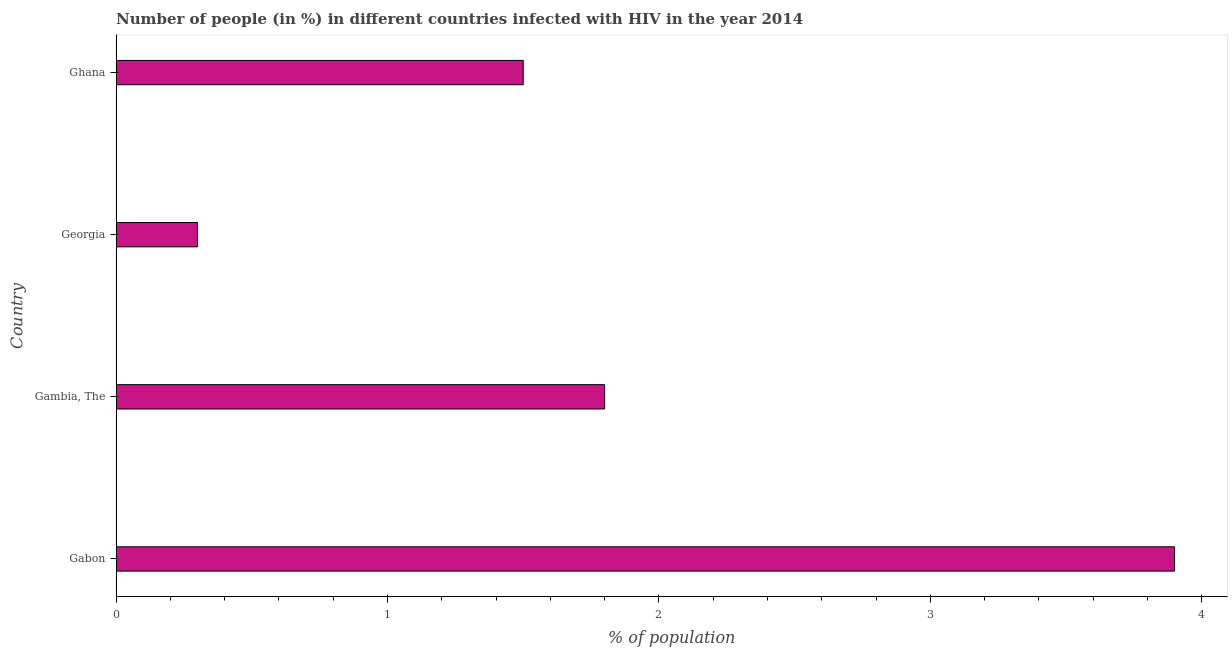
| Country | Infected with HIV |
 | --- | --- |
 | Gabon | 3.9 |
 | Gambia, The | 1.8 |
 | Georgia | 0.3 |
 | Ghana | 1.5 |